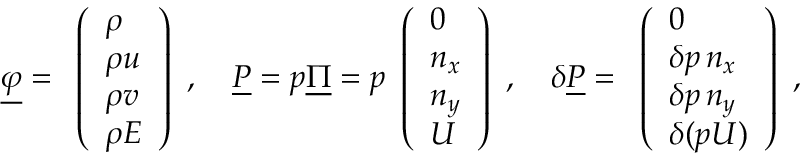
\underline { { \varphi } } = \begin{array} { l } { \left( \begin{array} { l } { \rho } \\ { \rho u } \\ { \rho v } \\ { \rho E } \end{array} \right) } \end{array} , \quad \underline { { P } } = p \underline { { \Pi } } = p \begin{array} { l } { \left( \begin{array} { l } { 0 } \\ { n _ { x } } \\ { n _ { y } } \\ { U } \end{array} \right) } \end{array} , \quad \delta \underline { { P } } = \begin{array} { l } { \left( \begin{array} { l } { 0 } \\ { \delta p \, n _ { x } } \\ { \delta p \, n _ { y } } \\ { \delta ( p U ) } \end{array} \right) } \end{array} ,